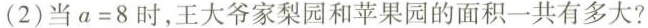
(2)当$$a = 8$$时，王大爷家梨园和苹果园的面积一共有多大?